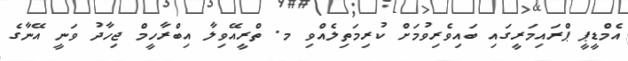
އެމްޑީޕީ ޕްރައިމަރީގައި ބައިވެރިވުމަށް ކުރިމަތިލެއްވި މ. ތްރީއޭވިލާ އިބްރާހީމް ޖިހާދު ވަނީ އޭނާގެ